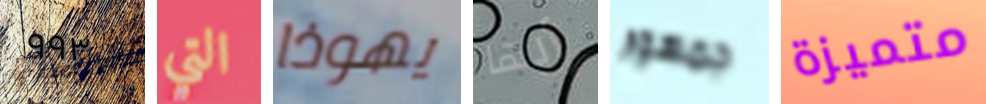
٩٩٣ التي يهوذا أيها جمهور متميزة